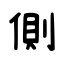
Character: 側